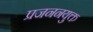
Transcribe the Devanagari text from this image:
प्रजननयुक्त